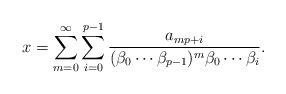
LaTeX: \begin{align*}x=\sum_{m=0}^\infty \sum_{i=0}^{p-1} \frac{a_{mp+i}}{(\beta_0\cdots\beta_{p-1})^m\beta_0\cdots\beta_i}.\end{align*}